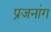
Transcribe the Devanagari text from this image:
प्रजनांग